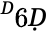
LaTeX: ^Ḋ6Ḍ